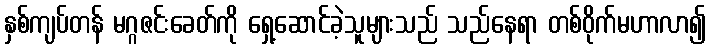
နှစ်ကျပ်တန် မဂ္ဂဇင်းခေတ်ကို ရှေ့ဆောင်ခဲ့သူများသည် သည်နေရာ တစ်ဝိုက်မဟာလာ၍